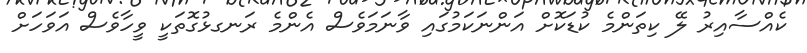
ކެއްސާއިރު ލޭ ކިތަންމެ ކުޑަކޮށް އަންނަކަމުގައި ވާނަމަވެސް އެންމެ ރަނގޅުގޮތަކީ ވީހާވެސް އަވަހަށް